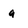
Character: g